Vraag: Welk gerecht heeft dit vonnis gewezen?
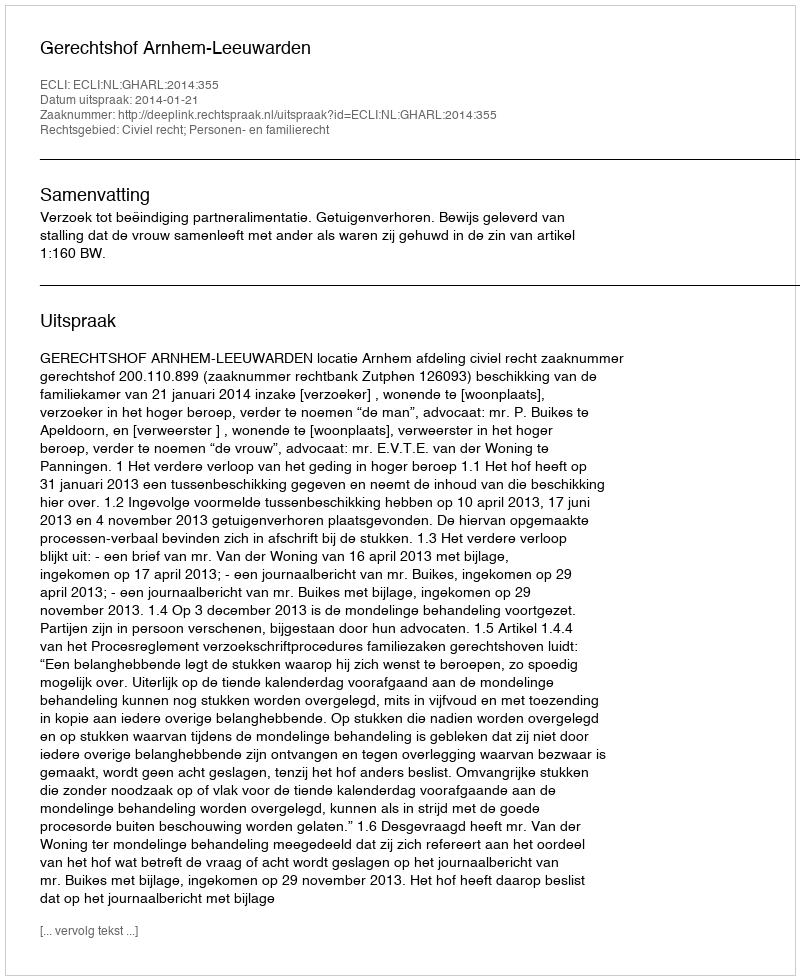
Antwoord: Gerechtshof Arnhem-Leeuwarden